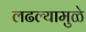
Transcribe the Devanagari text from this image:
लढल्यामुळे